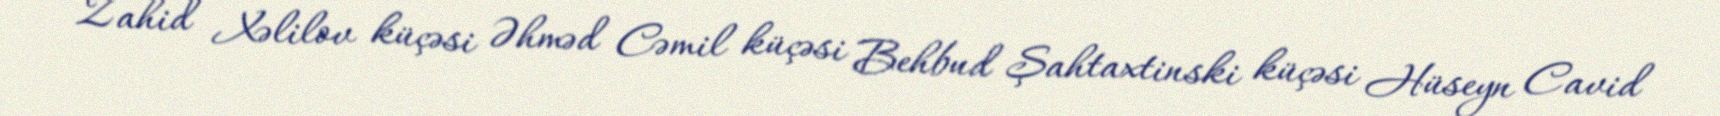
Zahid Xəlilov küçəsi Əhməd Cəmil küçəsi Behbud Şahtaxtinski küçəsi Hüseyn Cavid